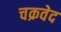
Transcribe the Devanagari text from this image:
चक्रवेद